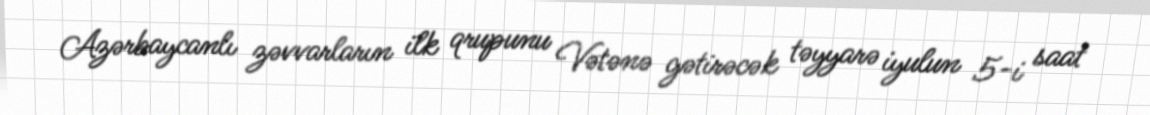
Azərbaycanlı zəvvarların ilk qrupunu Vətənə gətirəcək təyyarə iyulun 5-i saat